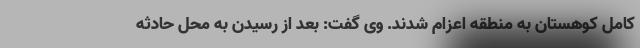
کامل کوهستان به منطقه اعزام شدند. وی گفت: بعد از رسیدن به محل حادثه